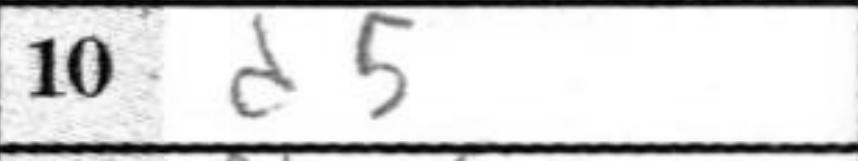
Transcription: d5